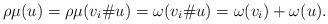
LaTeX: \begin{align*}\rho\mu(u)=\rho\mu(v_i\# u)=\omega(v_i\# u)=\omega(v_i)+\omega(u).\end{align*}